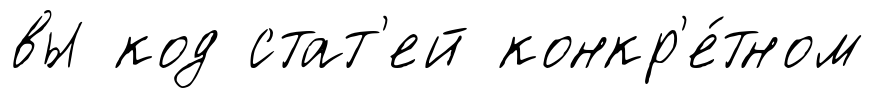
вы код стат'ей конкр'е́тном